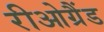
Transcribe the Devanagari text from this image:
रीओग्रैंड